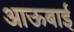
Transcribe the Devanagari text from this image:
आऊबाई